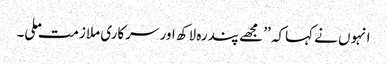
انہوں نے کہاکہ ’’ مجھے پندرہ لاکھ اور سرکاری ملازمت ملی۔